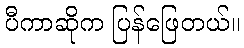
ပီကာဆိုက ပြန်ဖြေတယ်။